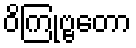
ဝိကြုဗ္ဗတော